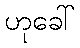
ဟုခေါ်